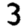
Digit: 3